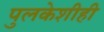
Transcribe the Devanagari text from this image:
पुलकेशीही